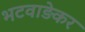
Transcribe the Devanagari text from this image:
भटवाड़ेकर